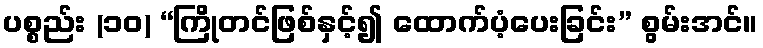
ပစ္စည်း (၁၀) “ကြိုတင်ဖြစ်နှင့်၍ ထောက်ပံ့ပေးခြင်း” စွမ်းအင်။